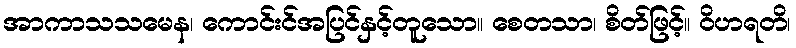
အာကာသသမေန၊ ကောင်းင်အပြင်နှင့်တူသော။ စေတသာ၊ စိတ်ဖြင့်။ ဝိဟရတိ၊